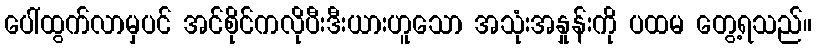
ပေါ်ထွက်လာမှပင် အင်စိုင်ကလိုပီးဒီးယားဟူသော အသုံးအနှုန်းကို ပထမ တွေ့ရသည်။